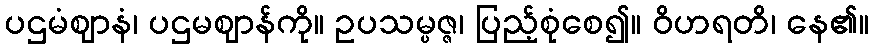
ပဌမံဈာနံ၊ ပဌမဈာန်ကို။ ဥပသမ္ပဇ္ဇ၊ ပြည့်စုံစေ၍။ ဝိဟရတိ၊ နေ၏။